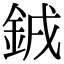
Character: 銊